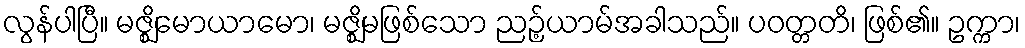
လွန်ပါပြီ။ မဇ္ဈိမောယာမော၊ မဇ္ဈိမဖြစ်သော ညဉ့်ယာမ်အခါသည်။ ပဝတ္တတိ၊ ဖြစ်၏။ ဥက္ကာ၊